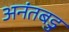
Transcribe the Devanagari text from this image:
अनंतबडु